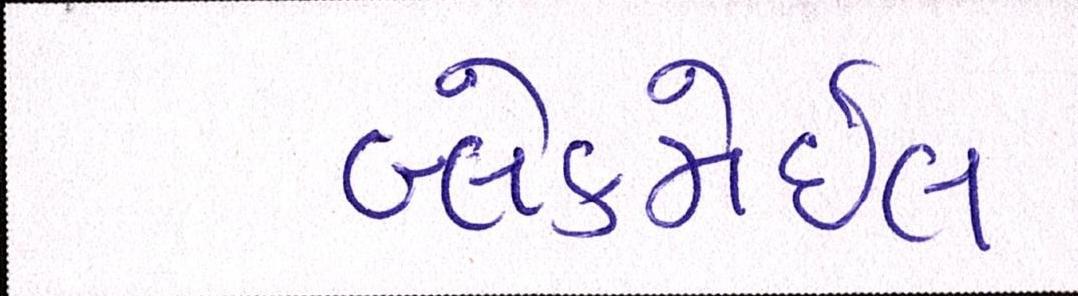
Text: બ્લેકમેઈલ